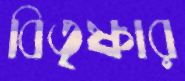
বিতৃষ্ণার